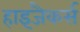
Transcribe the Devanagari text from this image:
हाइजैकर्स